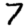
Digit: 7